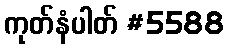
ကုတ်နံပါတ် #5588